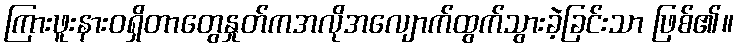
ကြားဖူးနားဝရှိတာတွေနှုတ်ကအလိုအလျောက်ထွက်သွားခဲ့ခြင်းသာ ဖြစ်၏။